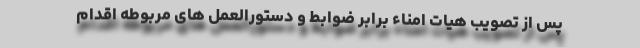
پس از تصویب هیات امناء برابر ضوابط و دستورالعمل های مربوطه اقدام